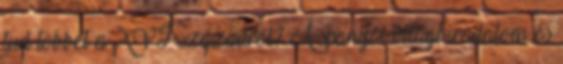
tud többet a XVI. századról? A spanyol világbirodalom és